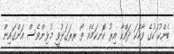
ބެންކު ަކުގެ ވާހަކަ ދައްކާ އިރު ކޮްނކަމެއް ތޯ ރރަގަޅުވީ މުޅިންވެސް އަންގައިން